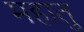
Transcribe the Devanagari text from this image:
महातु